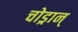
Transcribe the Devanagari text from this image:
चोड्रान्‌